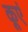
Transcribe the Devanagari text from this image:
कूएं